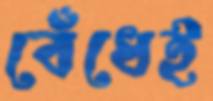
বেঁধেই